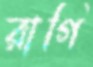
রাগি